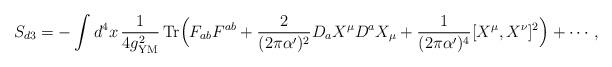
LaTeX: \begin{align*}S_{d3}=-\int d^4 x \, {1\over 4g^2_{{\rm YM}}}\, {\rm Tr}\Bigl(F_{ab}F^{ab} + {2\over (2\pi\alpha')^2}D_a X^{\mu}D^a X_{\mu}+ {1\over (2\pi\alpha')^4}[X^{\mu}, X^{\nu}]^2 \Bigr) + \cdots,\end{align*}